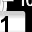
Digit: 1